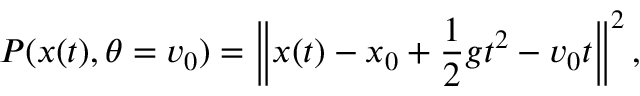
P ( \ensuremath { \boldsymbol { x } } ( t ) , \theta = \ensuremath { \boldsymbol { v } } _ { 0 } ) = \left\| \ensuremath { \boldsymbol { x } } ( t ) - \ensuremath { \boldsymbol { x } } _ { 0 } + \frac { 1 } { 2 } \ensuremath { \boldsymbol { g } } t ^ { 2 } - \ensuremath { \boldsymbol { v } } _ { 0 } t \right\| ^ { 2 } ,